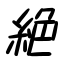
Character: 絶